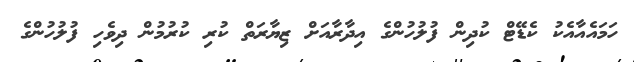
ހަމައެއާއެކު ކެޑޭޓް ކުދިން ފުލުހުންގެ އިދާރާއަށް ޒިޔާރަތް ކުރި ކުރުމުން ދިވެހި ފުލުހުންގެ